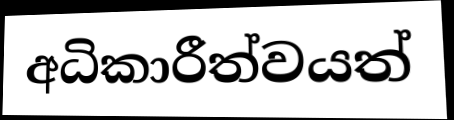
අධිකාරීත්වයත්